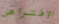
الإفتراض